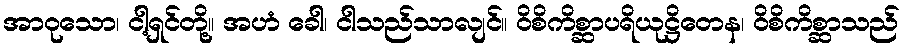
အာဝုသော၊ ငါ့ရှင်တို့။ အဟံ ခေါ၊ ငါသည်သာလျင်။ ဝိစိကိစ္ဆာပရိယုဋ္ဌိတေန၊ ဝိစိကိစ္ဆာသည်